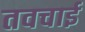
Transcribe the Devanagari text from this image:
तवचाई